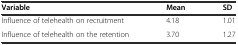
<table><thead><tr><td><b>Variable</b></td><td><b>Mean</b></td><td><b>SD</b></td></tr></thead><tbody><tr><td>Influence of telehealth on recruitment</td><td>4.18</td><td>1.01</td></tr><tr><td>Influence of telehealth on the retention</td><td>3.70</td><td>1.27</td></tr></tbody></table>